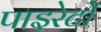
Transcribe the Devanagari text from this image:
पाइरेटों